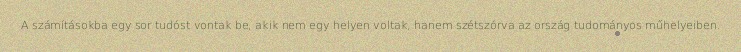
A számításokba egy sor tudóst vontak be, akik nem egy helyen voltak, hanem szétszórva az ország tudományos műhelyeiben.